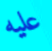
عليه